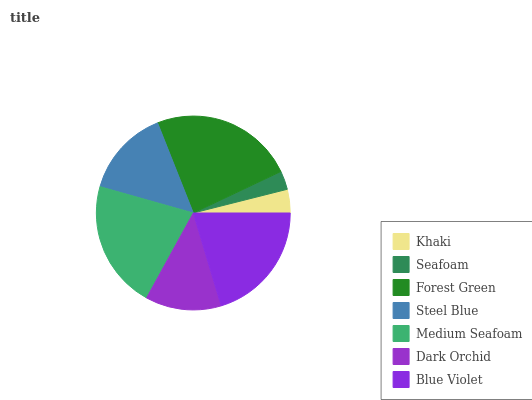
| Khaki | Seafoam | Forest Green | Steel Blue | Medium Seafoam | Dark Orchid | Blue Violet |
 | --- | --- | --- | --- | --- | --- | --- |
 | 3.93% | 3.12% | 24% | 14.6% | 21.3% | 12.6% | 20.4% |